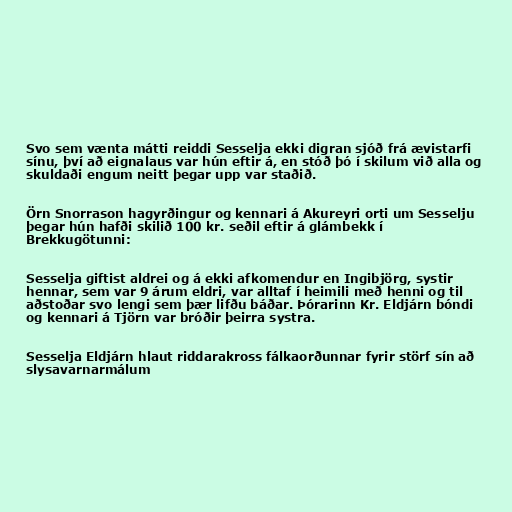
Svo sem vænta mátti reiddi Sesselja ekki digran sjóð frá ævistarfi
sínu, því að eignalaus var hún eftir á, en stóð þó í skilum við alla og
skuldaði engum neitt þegar upp var staðið.

Örn Snorrason hagyrðingur og kennari á Akureyri orti um Sesselju
þegar hún hafði skilið 100 kr. seðil eftir á glámbekk í
Brekkugötunni:

Sesselja giftist aldrei og á ekki afkomendur en Ingibjörg, systir
hennar, sem var 9 árum eldri, var alltaf í heimili með henni og til
aðstoðar svo lengi sem þær lifðu báðar. Þórarinn Kr. Eldjárn bóndi
og kennari á Tjörn var bróðir þeirra systra.

Sesselja Eldjárn hlaut riddarakross fálkaorðunnar fyrir störf sín að
slysavarnarmálum